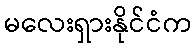
မလေးရှားနိုင်ငံက